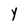
Character: Y